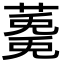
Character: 𮑩